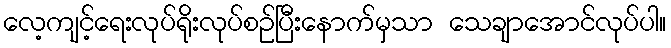
လေ့ကျင့်ရေးလုပ်ရိုးလုပ်စဉ်ပြီးနောက်မှသာ သေချာအောင်လုပ်ပါ။